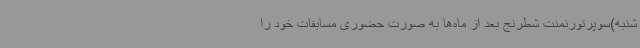
شنبه)سوپرتورنمنت شطرنج بعد از ماه‌ها به صورت حضوری مسابقات خود را